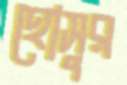
হোসুর